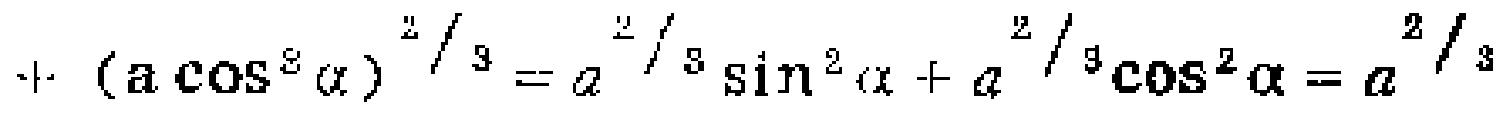
$+ (a\cos^{2}\alpha)^{\frac{2}{3}} = a^{\frac{2}{3}}\sin^{2}\alpha + a^{\frac{2}{3}}\cos^{2}\alpha = a^{\frac{2}{3}}$